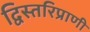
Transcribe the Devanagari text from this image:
द्विस्तरिप्राणी